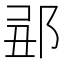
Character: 𨛄